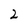
Character: 2